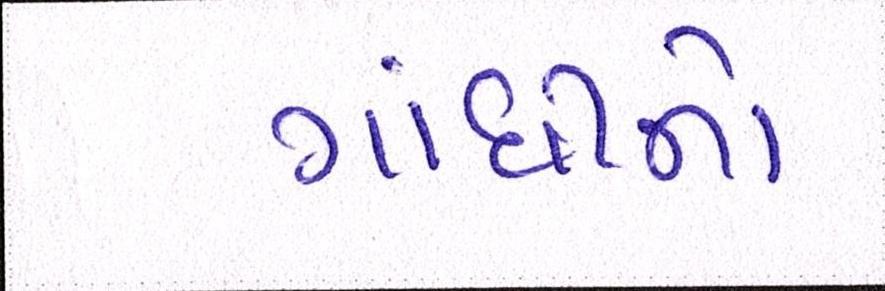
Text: ગાંધીનો